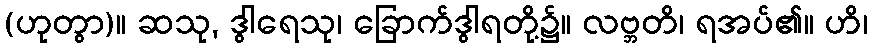
(ဟုတွာ)။ ဆသု, ဒွါရေသု၊ ခြောက်ဒွါရတို့၌။ လဗ္ဘတိ၊ ရအပ်၏။ ဟိ၊